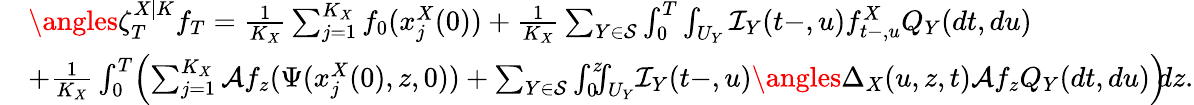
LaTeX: \begin{array}{rl}&{\angles{\zeta_{T}^{X|K}}{f_{T}}=\frac{1}{K_{X}}\sum_{j=1}^{K_{X}}f_{0}(x_{j}^{X}(0))+\frac{1}{K_{X}}\sum_{Y\in\mathcal{S}}\int_{0}^{T}\int_{U_{Y}}\mathcal{I}_{Y}(t-,u)f_{t-,u}^{X}Q_{Y}(dt,du)}\\ &{+\frac{1}{K_{X}}\int_{0}^{T}\! \left(\sum_{j=1}^{K_{X}}\mathcal{A}f_{z}(\Psi(x_{j}^{X}(0),z,0))+\sum_{Y\in\mathcal{S}}\int_{0}^{z}\! \! \! \int_{U_{Y}}\! \mathcal{I}_{Y}(t-,u)\angles{\Delta_{X}(u,z,t)}{\mathcal{A}f_{z}}Q_{Y}(dt,du)\right)\! \! dz.}\end{array}